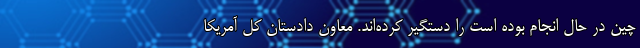
چین در حال انجام بوده است را دستگیر کرده‌اند. معاون دادستان کل آمریکا